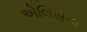
એલિસના